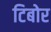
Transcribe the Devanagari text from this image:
टिबोर